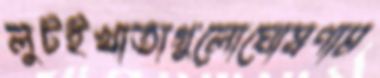
লুটইখাতাগুলোঘোষণাম